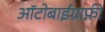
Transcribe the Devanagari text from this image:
आॅटोबाईग्राफ़ी